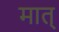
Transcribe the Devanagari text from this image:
मात्